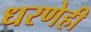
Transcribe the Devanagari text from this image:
धरणेही